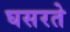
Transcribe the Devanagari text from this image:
घसरते